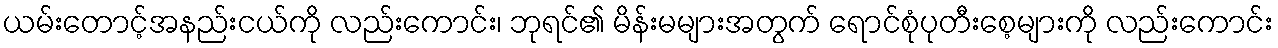
ယမ်းတောင့်အနည်းငယ်ကို လည်းကောင်း၊ ဘုရင်၏ မိန်းမများအတွက် ရောင်စုံပုတီးစေ့များကို လည်းကောင်း